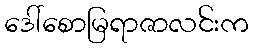
ဒေါ်စောမြရာဇာလင်းက